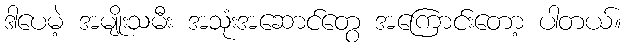
ဒါပေမဲ့ အမျိုးသမီး အသုံးအဆောင်တွေ အကြောင်းတော့ ပါတယ်။